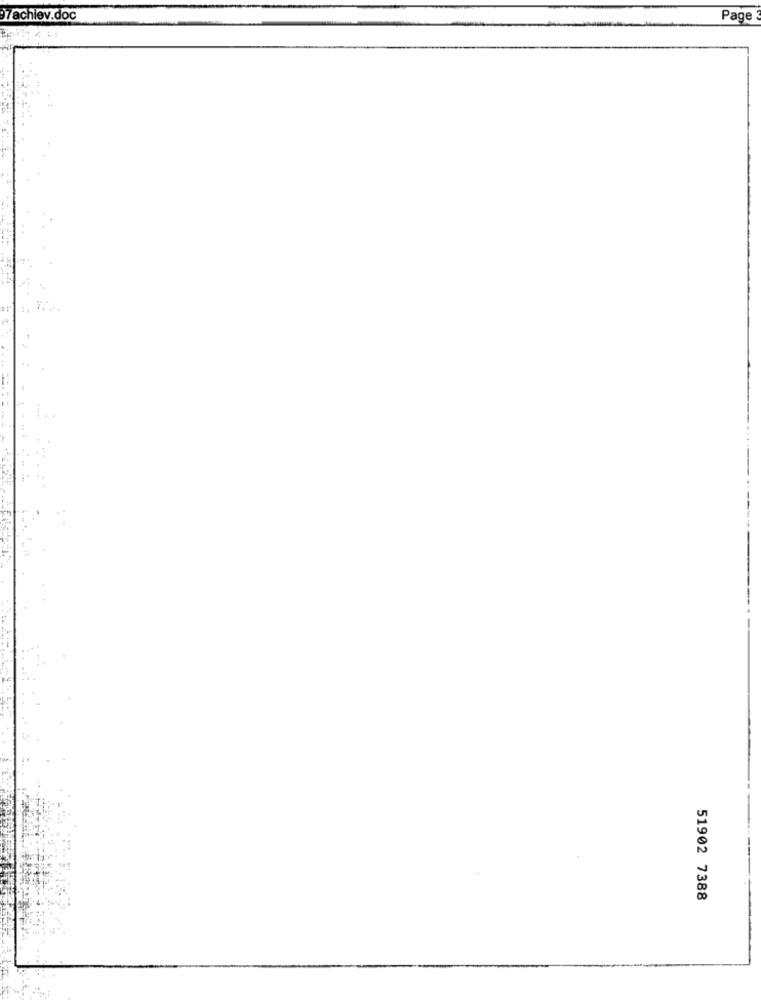
7achiev.doc
Page
51902 7388